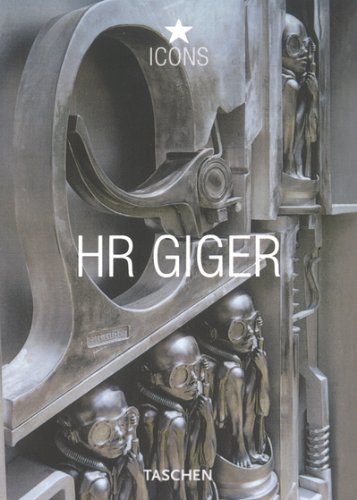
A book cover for HR Giger (Icons); H R Giger; Comics & Graphic Novels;